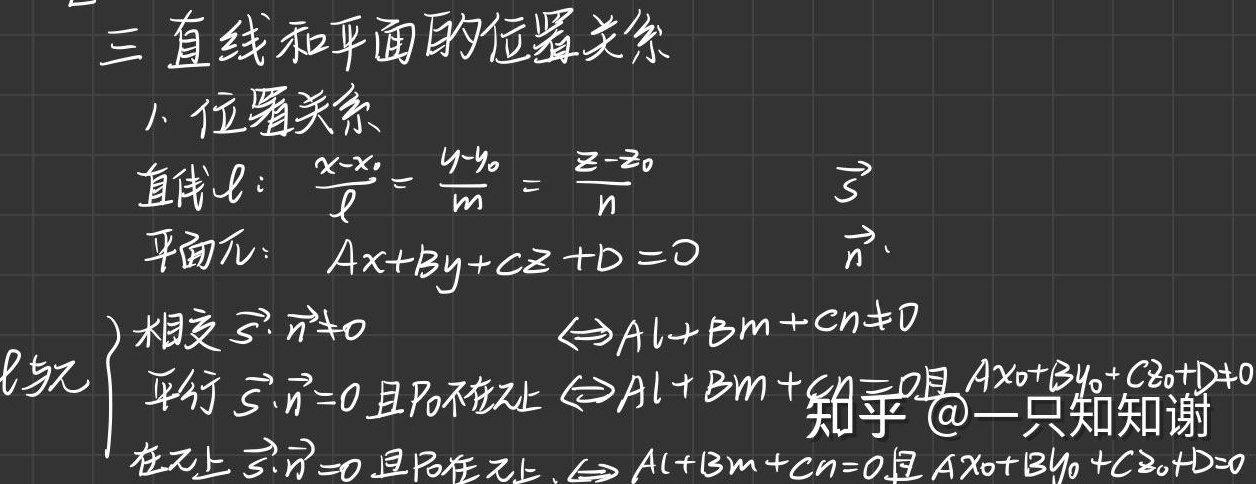
三 直线和平面的位置关系
1. 位置关系
直线\(l\)：\(\frac{x - x_0}{l}= \frac{y - y_0}{m}= \frac{z - z_0}{n}\)
平面\(\pi\)：\(Ax + By + Cz + D = 0\)  \(\vec{s}\)  \(\vec{n}\)
\(l\)与\(\pi\)
相交\(\vec{s}\cdot\vec{n}\neq0\)  \(\Leftrightarrow Al + Bm + Cn\neq0\)
平行\(\vec{s}\cdot\vec{n}=0\)且\(P_0\)不在\(\pi\)上\(\Leftrightarrow Al + Bm + Cn = 0\)且\(Ax_0 + By_0 + Cz_0+D\neq0\)
在\(\pi\)上\(\vec{s}\cdot\vec{n}=0\)且\(P_0\)在\(\pi\)上\(\Leftrightarrow Al + Bm + Cn = 0\)且\(Ax_0 + By_0 + Cz_0 + D = 0\)